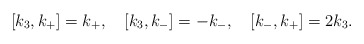
\begin{align*}[k_3, k_+]=k_+, \quad [k_3, k_-]=-k_-, \quad [k_-, k_+]=2k_3.\end{align*}